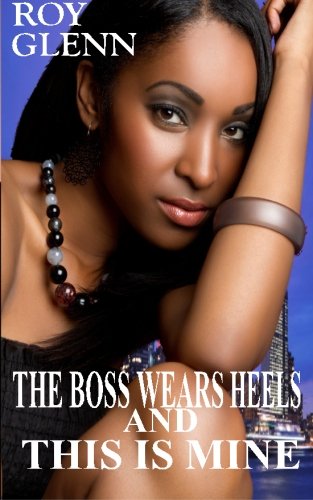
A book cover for The Boss Wears Heels & This Is Mine; Roy Glenn; Mystery, Thriller & Suspense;